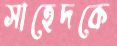
সাহেদকে